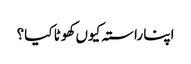
اپنا راستہ کیوں کھوٹا کیا؟